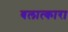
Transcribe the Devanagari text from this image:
बलात्कारा